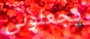
يجعلوني